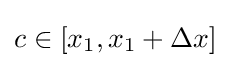
c\in [x_{1},x_{1}+\Delta x]